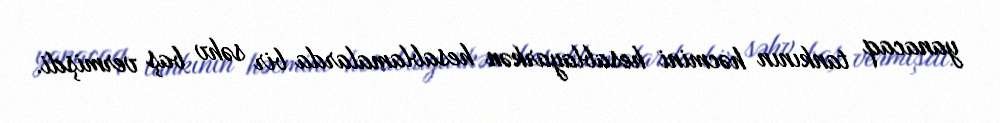
yanacaq tankının həcmini hesablayarkən hesablamalarda bir səhv baş vermişdi.